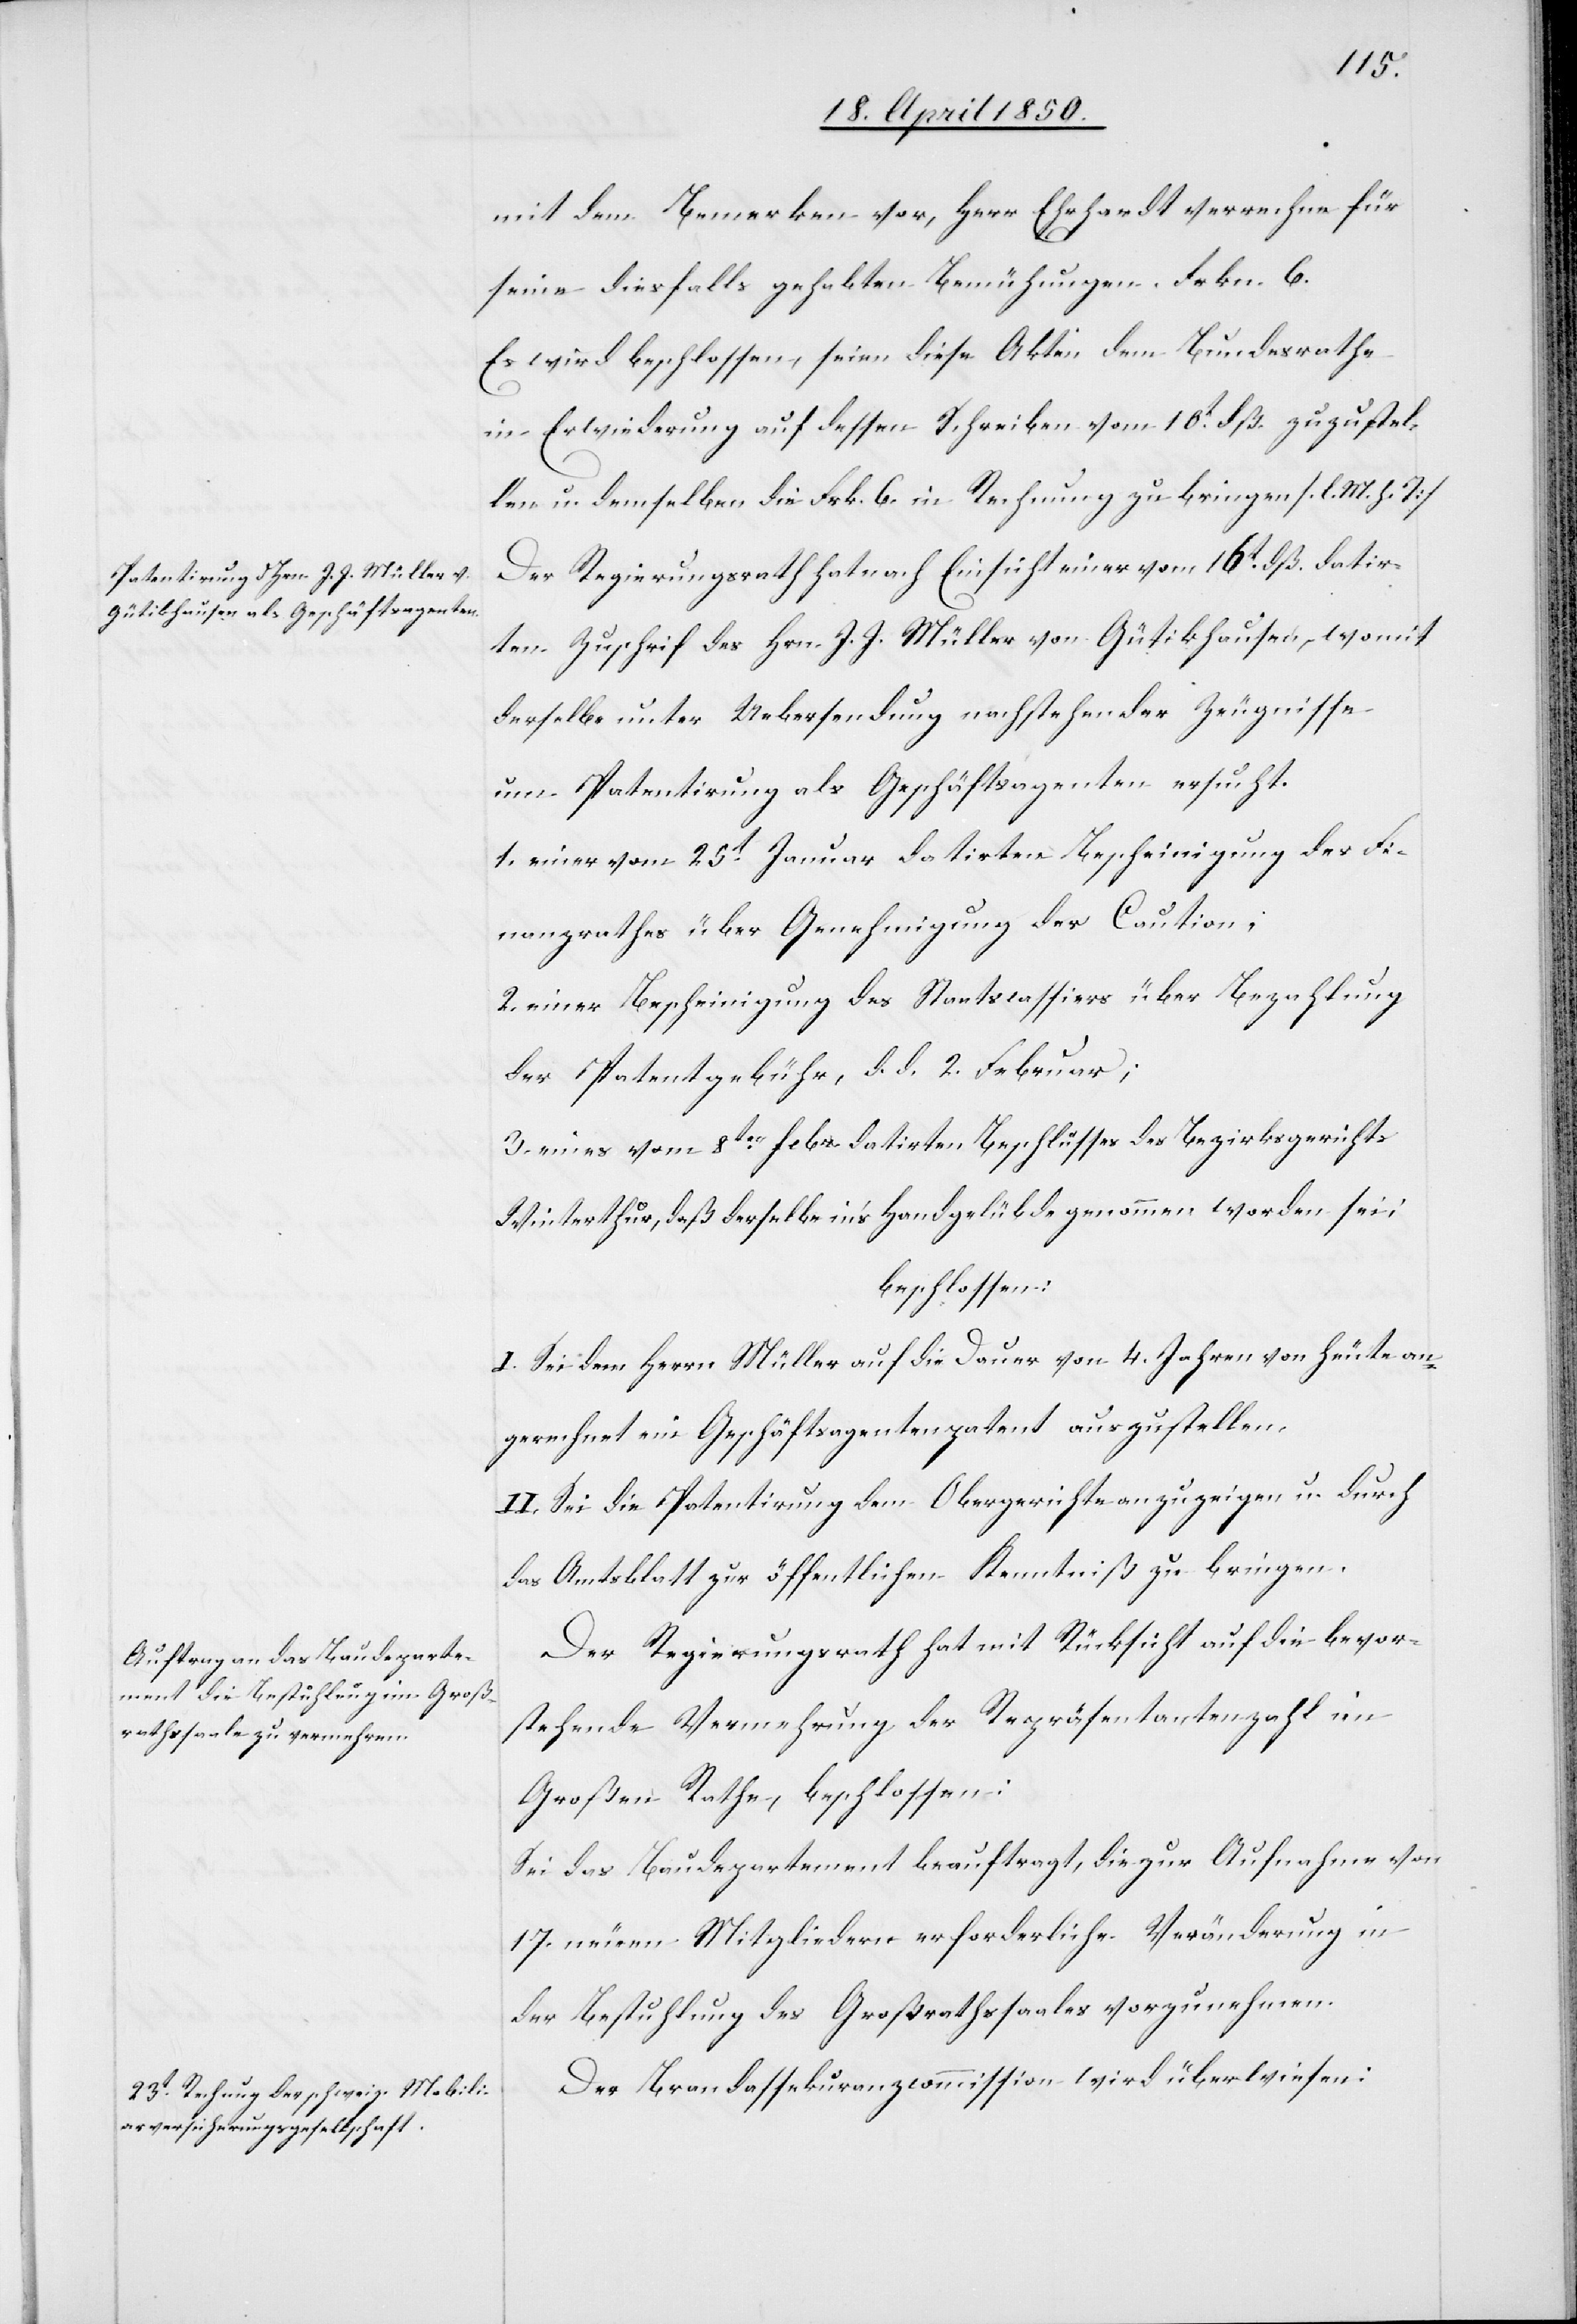
mit dem Bemerken vor, Herr Ehrhardt verrechne für
seine diesfalls gehabten Bemühungen Frkn. 6.
Es wird beschlossen, seien diese Akten dem Bundesrathe
in Erwiederung auf dessen Schreiben vom 16t dß. zuzustel¬
len u. demselben die Frkn. 6. in Rechnung zu bringen [l. M. h. T]
Der Regierungsrath hat nach Einsicht einer vom 16t dß. datir¬
ten Zuschrift des Hrn. J. J. Müller von Gütikhausen, womit
derselbe unter Uebersendung nachstehender Zeugnisse
um Patentirung als Geschäftsagenten ersucht.
1. einer vom 25.t Januar datirten Bescheinigung des Fi¬
nanzrathes über Genehmigung der Caution;
2. einer Bescheinigung des Staatscassiers über Bezahlung
der Patentgebühr, d. d. 2. Februar;
3. eines vom 8ten febr. datirten Beschlusses des Bezirksgerichts
Winterthur, daß derselbe in’s Handgelübde genommen worden sei;
beschlossen:
I. Sei dem Herrn Müller auf die Dauer von 4. Jahren von heute an¬
gerechnet ein Geschäftsagentenpatent auszustellen.
II. Sei die Patentirung dem Obergerichte anzuzeigen u. durch
das Amtsblatt zur öffentlichen Kenntniß zu bringen.
Der Regierungsrath hat mit Rücksicht auf die bevor¬
stehende Vermehrung der Repräsentantenzahl im
Großen Rathe, beschlossen:
Sei das Baudepartement beauftragt, die zur Aufnahme von
17. neuen Mitgliedern erforderliche Veränderung in
der Bestuhlung des Großrathssaales vorzunehmen.
Der Brandassekuranzcommission wird überwiesen: